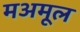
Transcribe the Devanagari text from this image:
मअमूल